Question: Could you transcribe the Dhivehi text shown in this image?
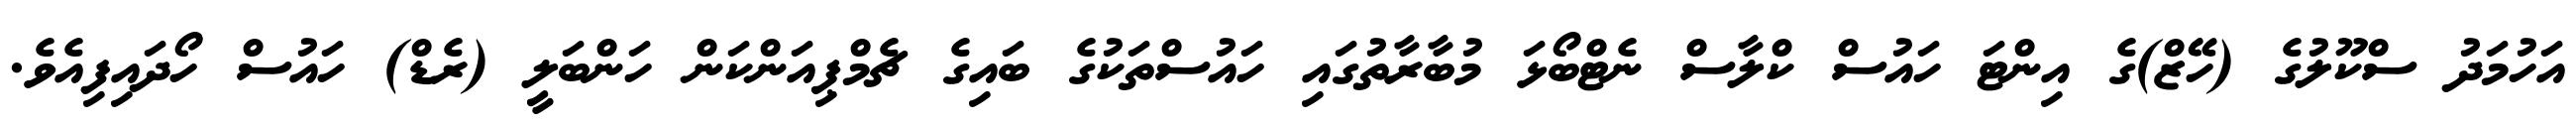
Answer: އަހުމަދު ސްކޫލުގެ (ހޭޒް)ގެ އިންޓަ ހައުސް ކްލާސް ނެޓްބޯޅަ މުބާރާތުގައި ހައުސްތަކުގެ ބައިގެ ޗެމްޕިއަންކަން ހަންބަލީ (ރެޑް) ހައުސް ހޯދައިފިއެވެ.